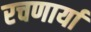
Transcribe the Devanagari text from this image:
रचणार्या